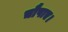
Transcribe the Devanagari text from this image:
चौपाए।